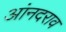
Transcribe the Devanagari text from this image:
आंनदराव